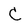
Character: C